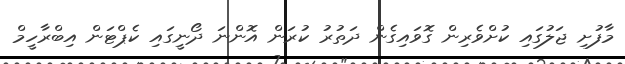
މާފުށި ޖަލުގައި ކުށްވެރިން ގޮވައިގެން ދަތުރު ކުރަން އޮންނަ ދޯނީގައި ކެޕްޓަން އިބްރާހީމް